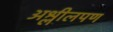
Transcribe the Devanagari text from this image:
अश्लीलपण